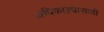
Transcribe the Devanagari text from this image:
अधिकाऱ्यासाठी